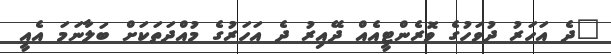
"ދެ އަހަރު ދުވަހުގެ ވޮރެންޓީއެއް ދޭއިރު ދެ އަހަރުގެ މުއްދަތަކަށް ބަލާނަމަ އެއީ